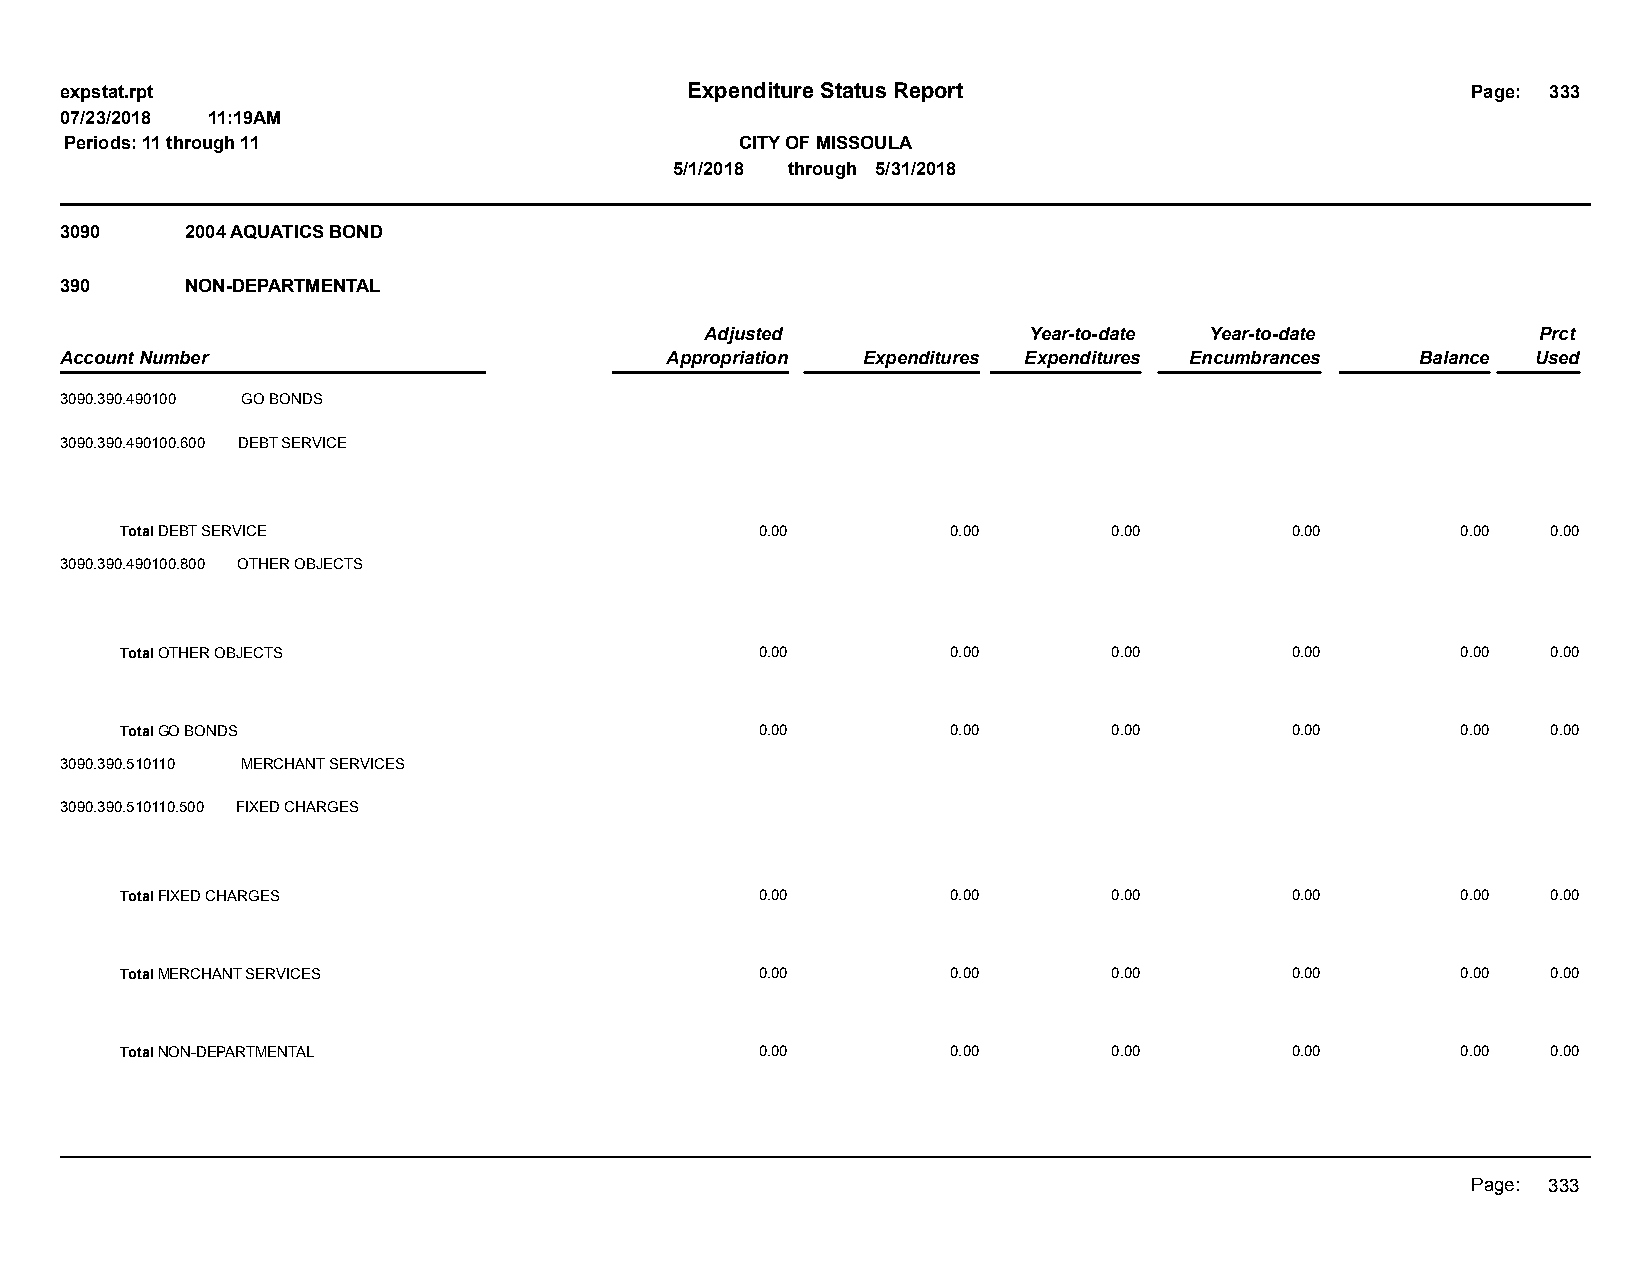
expstat.rpt                              Expenditure Status Report                           Page: 333
 07/23/2018 11:19AM
 Periods: 11 through 11                       CITY OF MISSOULA
 5/1/2018 through 5/31/2018
 3090    2004 AQUATICS BOND
 390     NON-DEPARTMENTAL
 Adjusted             Year-to-date Year-to-date         Prct
 Account Number                          Appropriation Expenditures Expenditures Encumbrances Balance Used
 3090.390.490100 GO BONDS
 3090.390.490100.600 DEBT SERVICE
 Total DEBT SERVICE                        0.00         0.00       0.00       0.00        0.00  0.00
 3090.390.490100.800 OTHER OBJECTS
 Total OTHER OBJECTS                       0.00         0.00       0.00       0.00        0.00  0.00
 Total GO BONDS                            0.00         0.00       0.00       0.00        0.00  0.00
 3090.390.510110 MERCHANT SERVICES
 3090.390.510110.500 FIXED CHARGES
 Total FIXED CHARGES                       0.00         0.00       0.00       0.00        0.00  0.00
 Total MERCHANT SERVICES                   0.00         0.00       0.00       0.00        0.00  0.00
 Total NON-DEPARTMENTAL                    0.00         0.00       0.00       0.00        0.00  0.00
 Page: 333